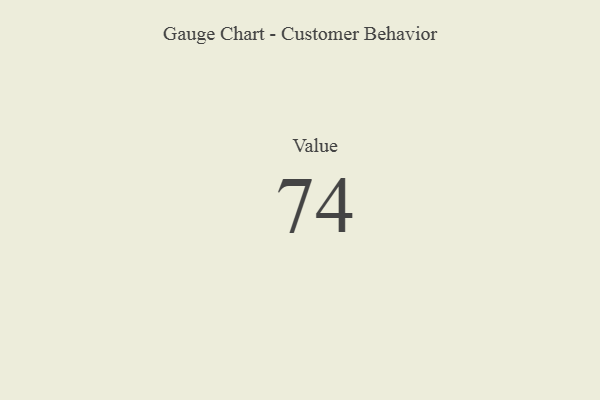
{"axis": {"x": "Metric", "y": "Value"}, "legend": [""], "data": [{"x": "Value", "y": 74, "type": ""}]}